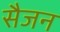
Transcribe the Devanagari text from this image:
सैजन